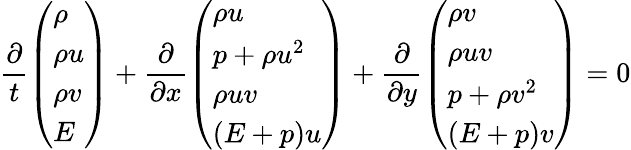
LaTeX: \frac{\partial}{t}\left(\begin{array}{l}{\rho}\\ {\rho u}\\ {\rho v}\\ {E}\end{array}\right)+\frac{\partial}{\partial x}\left(\begin{array}{l}{\rho u}\\ {p+\rho u^{2}}\\ {\rho uv}\\ {(E+p)u}\end{array}\right)+\frac{\partial}{\partial y}\left(\begin{array}{l}{\rho v}\\ {\rho uv}\\ {p+\rho v^{2}}\\ {(E+p)v}\end{array}\right)=0